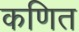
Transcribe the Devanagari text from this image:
कणित